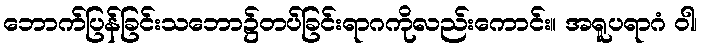
ဘောက်ပြန်ခြင်းသဘော၌တပ်ခြင်းရာဂကိုလည်းကောင်း။ အရူပရာဂံ ဝါ၊